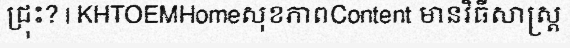
ជ្រុះ? | KHTOEMHomeសុខភាពContent មានវិធីសាស្ត្រ